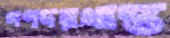
গণদরখাস্ত